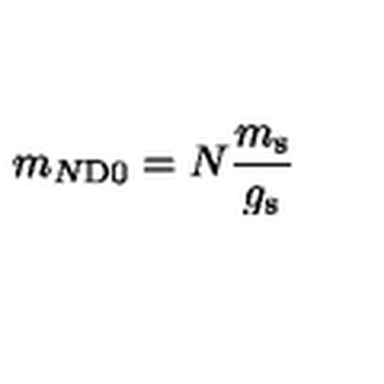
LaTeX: m _ { N \mathrm { D 0 } } = N \frac { m _ { \mathrm { s } } } { g _ { \mathrm { s } } }